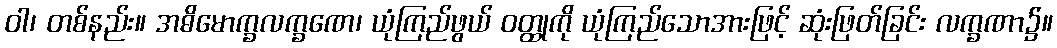
ဝါ၊ တစ်နည်း။ အဓိမောက္ခလက္ခဏေ၊ ယုံကြည်ဖွယ် ဝတ္ထုကို ယုံကြည်သောအားဖြင့် ဆုံးဖြတ်ခြင်း လက္ခဏာ၌။